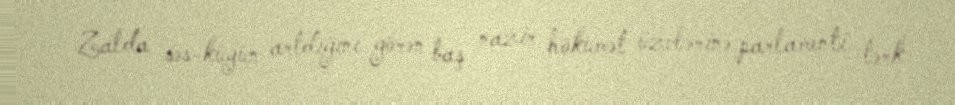
Zalda səs-küyün artdığını görən baş nazir hökumət üzvlərinə parlamenti tərk